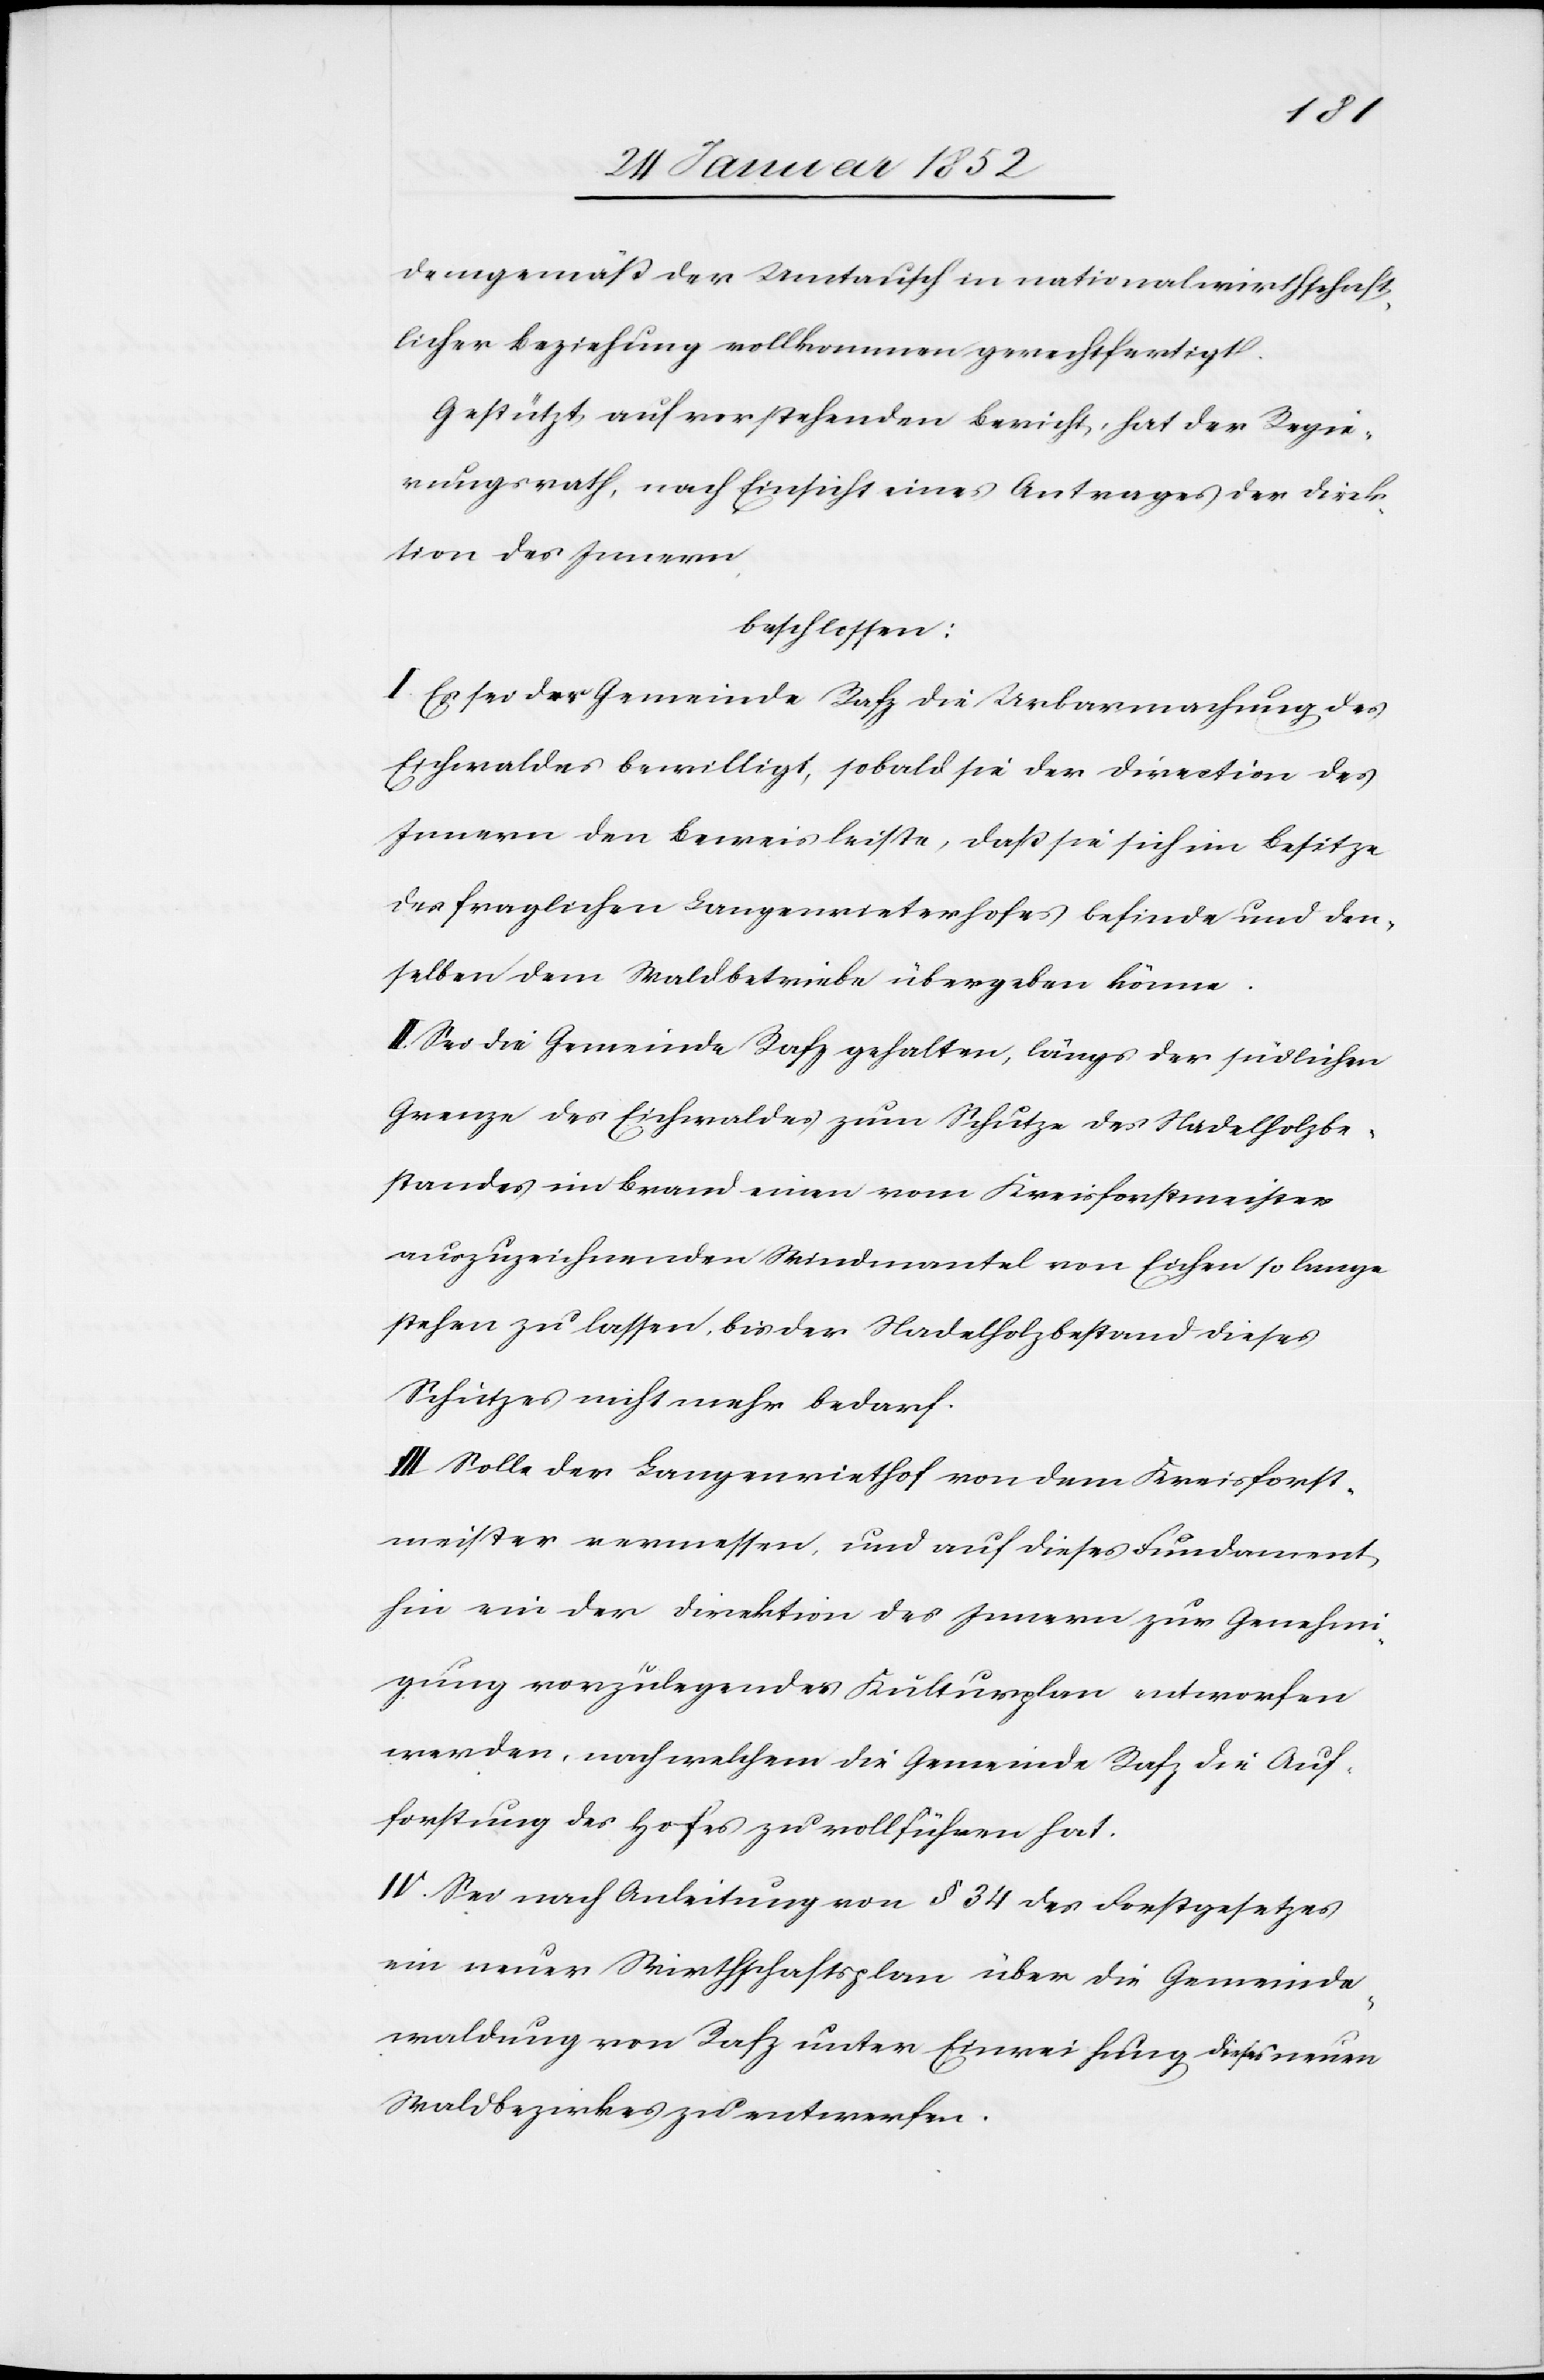
demgemäß der Umtausch in nationalwirthschaft¬
licher Beziehung vollkommen gerechtfertigt.
Gestützt auf vorstehenden Bericht, hat der Regie¬
rungsrath, nach Einsicht eines Antrages der Direk¬
tion des Innern,
beschlossen:
I. Es sei der Gemeinde Rafz die Urbarmachung des
Eichenwaldes bewilligt, sobald sie der Direction des
Innern den Beweis leiste, daß sie sich im Besitze
des fraglichen Langenrieterhofes befinde und den¬
selben dem Waldbetriebe übergeben könne.
II. Sei die Gemeinde Rafz gehalten, längs der südlichen
Grenze des Eichenwaldes zum Schutze des Nadelholzbe¬
standes im Brand einen vom Kreisforstmeister
auszuzeichnenden Windmantel von Eichen so lange
stehen zu lassen, bis der Nadelholzbestand dieses
Schutzes nicht mehr bedarf.
III. Solle der Langenriethof von dem Kreisforst¬
meister vermessen, und auf dieses Fundament
hin ein der Direktion des Innern zur Genehmi¬
gung vorzulegender Kulturplan entworfen
werden, nach welchem die Gemeinde Rafz die Auf¬
forstung des Hofes zu vollführen hat.
IV. Sei nach Anleitung von § 34 des Forstgesetzes
ein neuer Wirthschaftsplan über die Gemeinde¬
waldung von Rafz unter Einweihung dieses neuen
Waldbezirkes zu entwerfen.